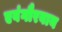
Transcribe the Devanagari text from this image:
एवंगौरवाय